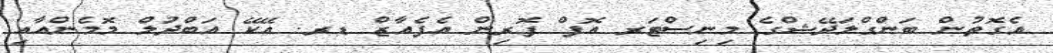
އެގޮތުން ބަންގްލަދޭޝްގެ މިނިސްޓަރ އޮފް ފޮރިން އެފެއާޒް ޑރ. އޭކޭ އަބްދުލް މޮމެންއާއި